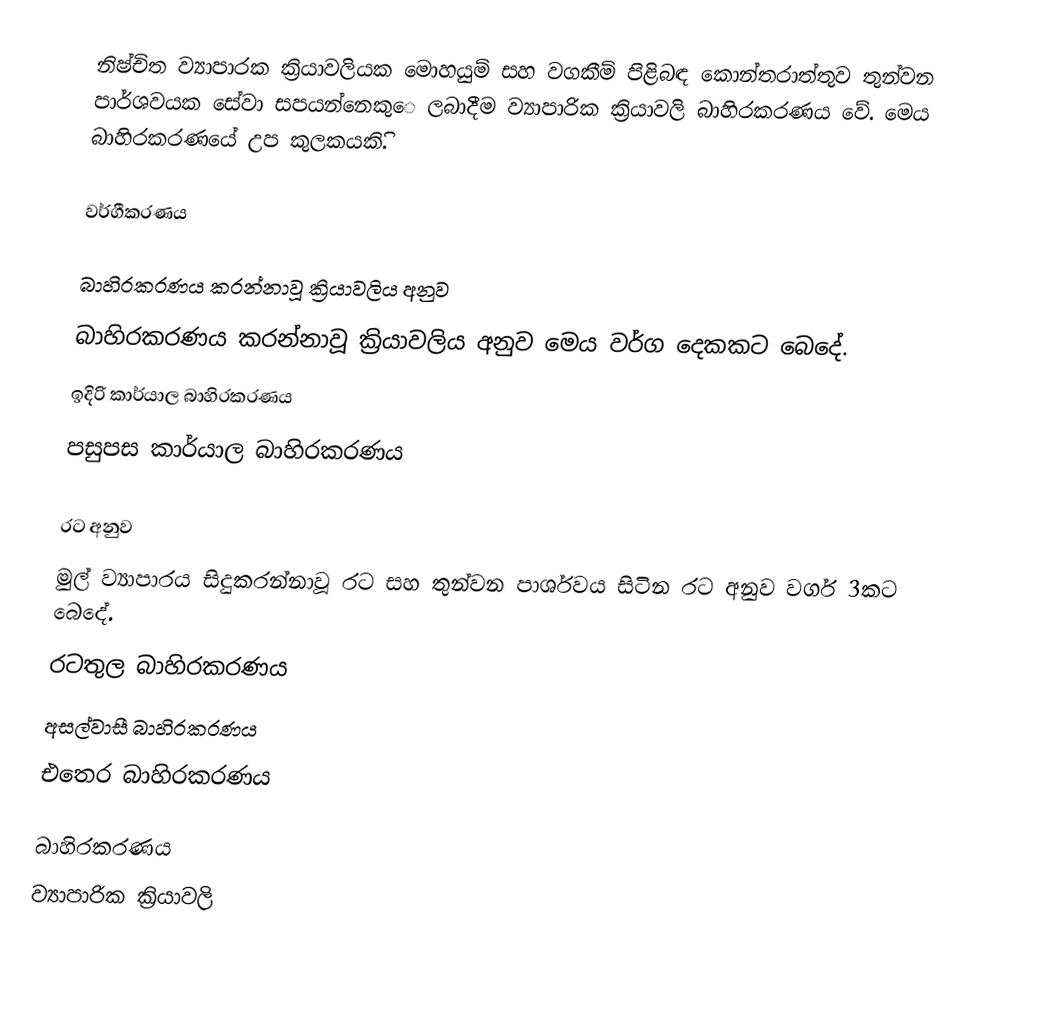
නිෂ්චිත ව්‍යාපාරක ක්‍රියාවලියක මොහයුම් සහ වගකීම් පිළිබඳ කොන්තරාත්තුව තුන්වන පාර්ශවයක සේවා සපයන්නෙකු‍ෙ ලබාදීම ව්‍යාපාරික ක්‍රියාවලි බාහිරකරණය වේ. මෙය බාහිරකරණයේ උප කුලකයකිි.

වර්ගීකරණය

බාහිරකරණය කරන්නාවූ ක්‍රියාවලිය අනුව
බාහිරකරණය කරන්නාවූ ක්‍රියාවලිය අනුව මෙය වර්ග දෙකකට බෙදේ.
 ඉදිරි කාර්යාල බාහිරකරණය
 පසුපස කාර්යාල බාහිරකරණය

රට අනුව
මුල් ව්‍යාපාරය සිදුකරන්නාවූ රට සහ තුන්වන පාර්ශවය සිටින රට අනුව වර්ග 3කට බෙදේ.
 රටතුල බාහිරකරණය
 අසල්වාසී බාහිරකරණය
 එතෙර බාහිරකරණය

බාහිරකරණය
ව්‍යාපාරික ක්‍රියාවලි